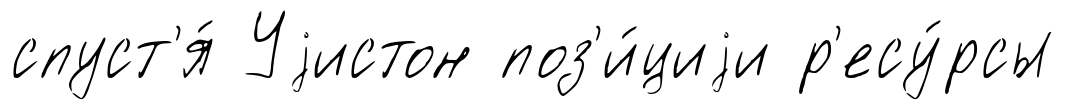
спуст'я́ Уjистон поз'и́циjи р'есу́рсы